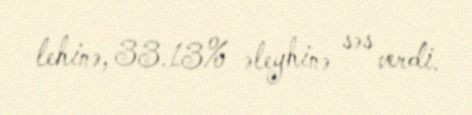
lehinə, 33.13% əleyhinə səs verdi.